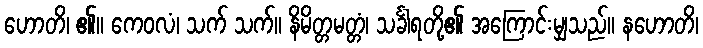
ဟောတိ၊ ၏။ ကေဝလံ၊ သက် သက်။ နိမိတ္တမတ္တံ၊ သင်္ခါရတို့၏ အကြောင်းမျှသည်။ နဟောတိ၊